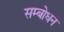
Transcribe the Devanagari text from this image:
सम्‍बोधन